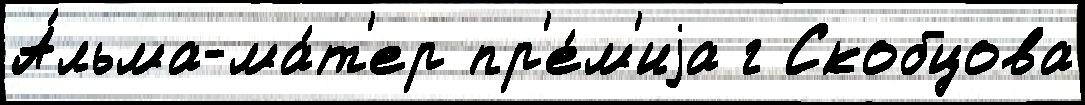
А́льма-ма́т'ер пр'е́м'иjа г Скобцова